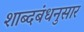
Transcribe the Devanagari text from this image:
शाब्दबंधनुसार